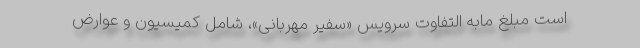
است مبلغ مابه التفاوت سرویس «سفیر مهربانی»، شامل کمیسیون و عوارض